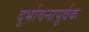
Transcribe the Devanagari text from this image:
दुर्भावनापूर्वक